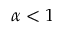
\alpha < 1